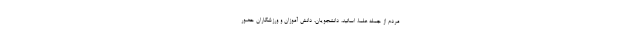
مردم از جمله علما، اساتید، دانشجویان، دانش آموزان و ورزشکاران حضور